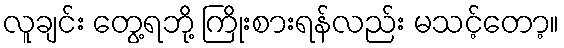
လူချင်း တွေ့ရဘို့ ကြိုးစားရန်လည်း မသင့်တော့။